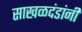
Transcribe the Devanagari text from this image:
साखळदंडांनी